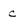
Character: c